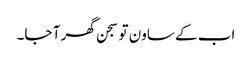
اب کے ساون تو سجن گھر آ جا۔